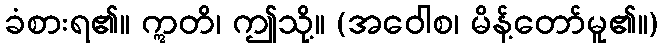
ခံစားရ၏။ ဣတိ၊ ဤသို့။ (အဝေါစ၊ မိန့်တော်မူ၏။)